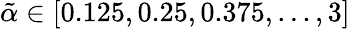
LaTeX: \tilde{\alpha}\in[0.125,0.25,0.375,...,3]